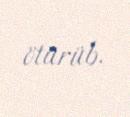
ötürüb.